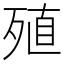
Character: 殖